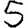
Digit: 5